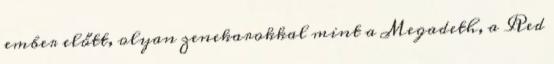
ember előtt, olyan zenekarokkal mint a Megadeth, a Red